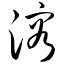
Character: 溶